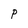
Character: P